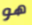
هو